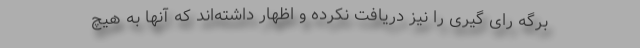
برگه رای گیری را نیز دریافت نکرده و اظهار داشته‌اند که آنها به هیچ